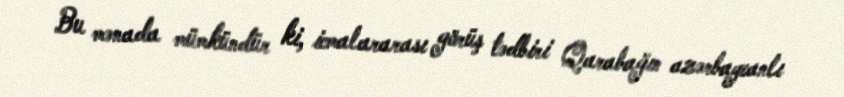
Bu mənada mümkündür ki, icmalararası görüş tədbiri Qarabağın azərbaycanlı